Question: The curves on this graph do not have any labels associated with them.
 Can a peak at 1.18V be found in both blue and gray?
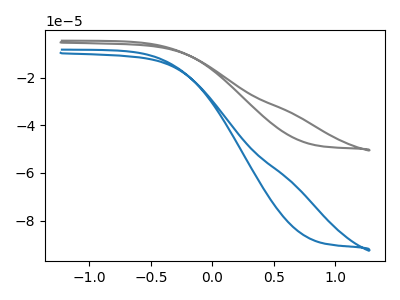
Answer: <think>The gray curve "gray" has no peaks. The blue curve "blue" has no peaks.</think>
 <answer>No, "blue" and "gray" dont share a peak at 1.18V.</answer>
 <eval>mismatch</eval>